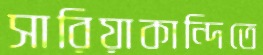
সারিয়াকান্দিতে